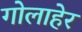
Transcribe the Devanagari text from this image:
गोलाहेर